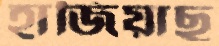
হাজিয়াছ